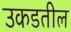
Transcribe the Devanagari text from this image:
उकडतील